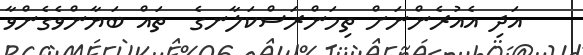
އަދި އެއުރެންނަށް ތިމަންރަސްކަލާނގެ  ތައް ބަޔާންވެގެންވާ